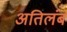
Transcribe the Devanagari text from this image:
अतिलंब